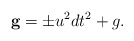
\begin{align*}\mathbf{g} = \pm u^2 dt^2 + g.\end{align*}